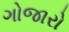
ગોજારો